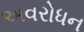
અવરોધન